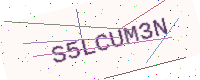
Text: S5LCUM3N